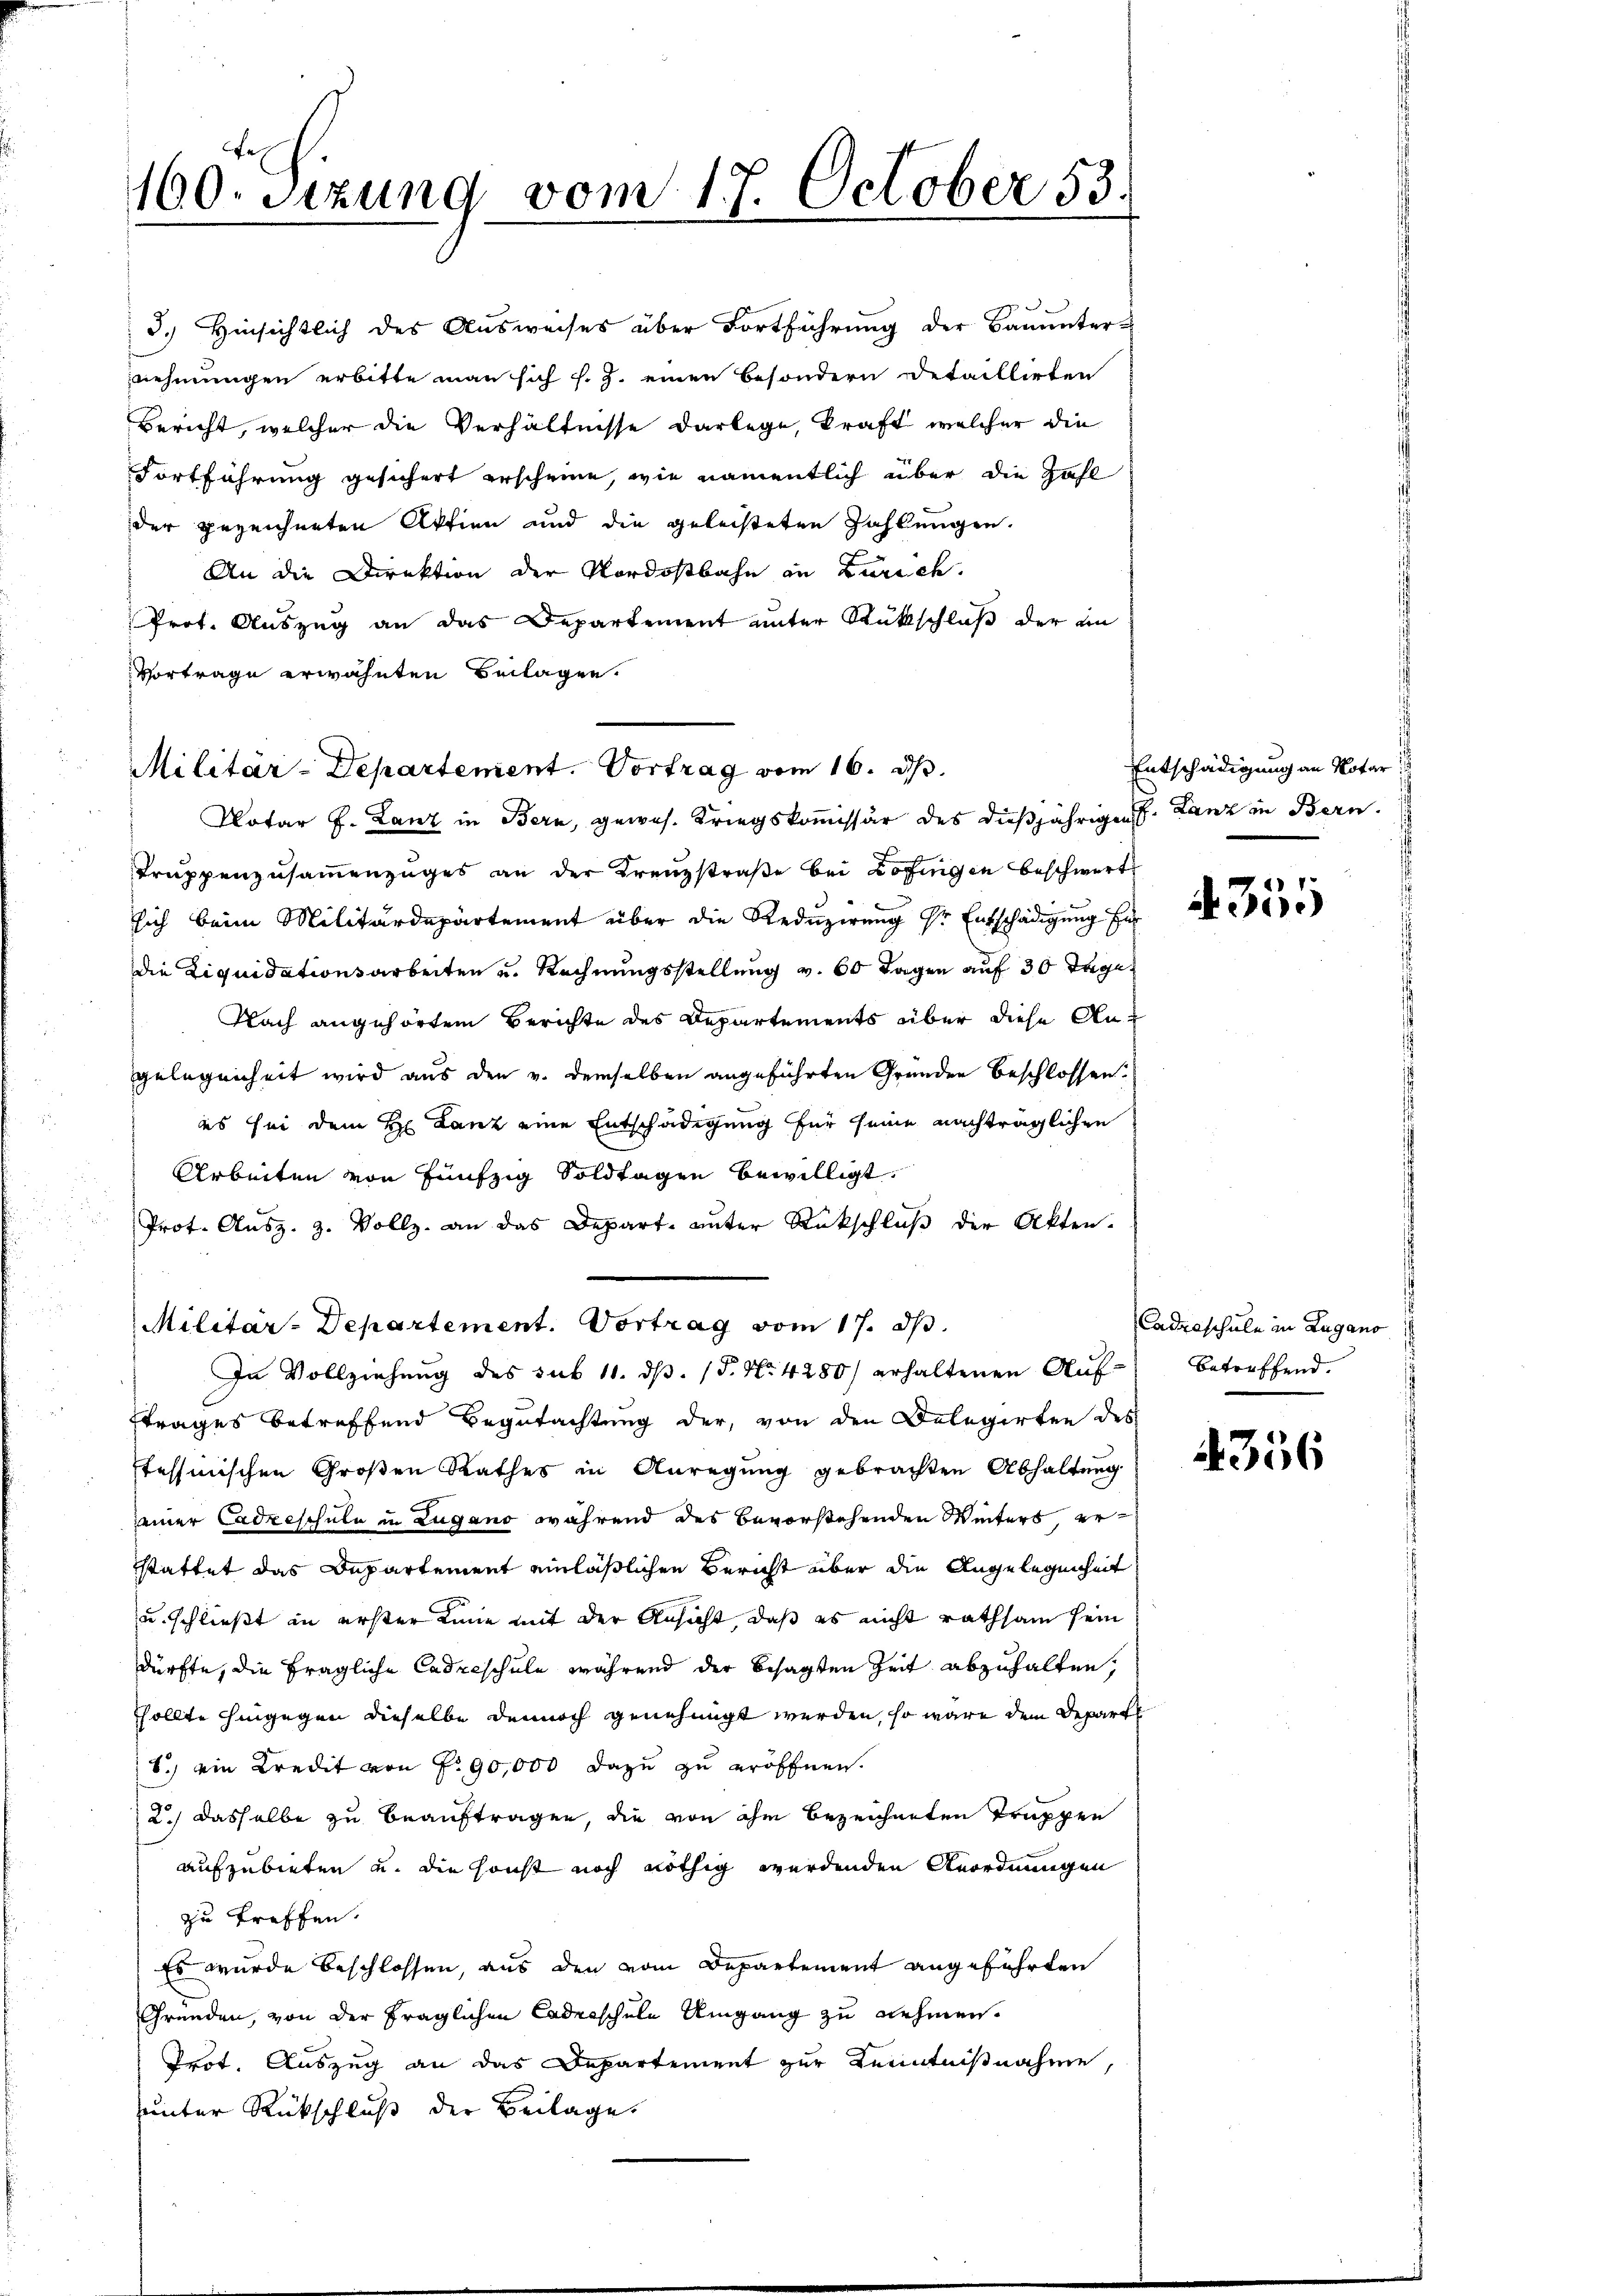
160. Sitzung vom 17. October 53.

5.) Hinsichtlich des Ausweises über Fortführung der Bauunter-
nehmungen erbitte man sich s. Z. einen besondern Detaillirten
Bericht, welcher die Verhältnisse darlege, kraft, welcher die
Fortführung gesichert erscheine, wie namentlich über die Zahl
der gezeichneten Aktien und die geleisteten Zahlungen.
An die Direktion der Nordostbahn in Zürich.
Prot. Auszug an das Departement unter Rückschluß der an
Vorträge erwähnten Beilagen.

Militär-Departement. Vortrag vom 16. d.

Notar J. Lanz in Bern, gewes. Kriegskommissär des dießjährigen. Lanz in Bern
Truppenzusammenzuges an der Kreuzstraße bei Zofingen beschwert
sich beim Militärdepartement über die Reduzirung Sr. Entschädigung für
die Liquidationsarbeiten u. Rechnungsstellung v. 60 Tagen auf 30 Tage
Nach angehörten Berichte des Departements über diese Angelegenheit wird aus den v. demselben angeführten Gründen beschlossen:
es sei dem H: Lanz eine Entschädigung für seine nachträglichen
Arbeiten von fünfzig Soldtagen bewilligt.
Prot. Ausz. Z. Vollz. an das Depart unter Rückschlŭβ der Akten.
ftrages betreffend Begutachtung der, von den Delegirten des
stessinischen Großen Rathes in Anregung gebrachten Abhaltung
seiner Cadreschule in Lugano während des bevorstehenden Weiters er
stattet das Departement einläßlichen Bericht über die Angelegenheit
u. schließt an erster Linie mit der Ansicht, daß es nicht rathsam sein
dürfte, die fragliche Cadeeschule während der besagten Zeit abzuhalten,
sollte hingegen dieselbe dennoch genehmigt werden, so wäre dem Departe
8.) ein Kredit von Fr. 90,000 dazu zu eröffnen.
2.) Dasselbe zu beauftragen, die von ihm bezeichneten Truppen
aufzubieten u. die sonst noch nöthig werdenden Anordnungen
zu treffen.
Es wurde beschlossen, aus den vom Departement angeführten
Gründen, von der fraglichen Cadetschule Umgang zu nehmen.
Trot. Auszug an das Departement zur Kenntnißnahme,
unter Rückschluß der Beilage.

Militar-Departement. Vortrag vom 17. d.
In Vollziehung des sub 11. ds. (T. No. 4280) erhaltenen Auf-

Entschädigung an Notar

355

Cadroschule in Lugano
betreffend.

4356